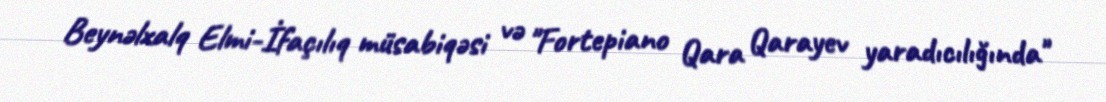
Beynəlxalq Elmi-İfaçılıq müsabiqəsi və "Fortepiano Qara Qarayev yaradıcılığında"